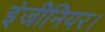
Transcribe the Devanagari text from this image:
इंजीनियर।